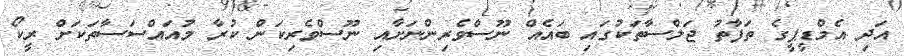
އަދި އެމްޑީޕީގެ ތަފާތު ޖަލްސާތަކުގައި ބައެއް ނޫސްވެރިންނަށާއި ނޫސްވެރިކަން ކުރާ މުއައްސަސާތަކަށް ރީކޯ